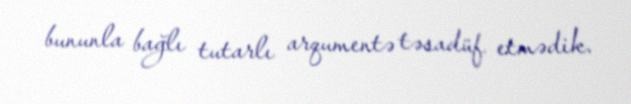
bununla bağlı tutarlı arqumentə təsadüf etmədik.